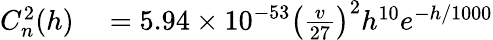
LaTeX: \begin{array}{rl}{C_{n}^{2}(h)}&{{}=5.94\times 10^{-53}\left(\frac{v}{27}\right)^{2}h^{10}e^{-h/1000}}\end{array}